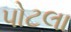
પોટલા